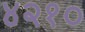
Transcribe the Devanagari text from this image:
४२१०